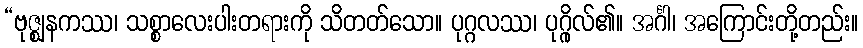
“ဗုဇ္ဈနကဿ၊ သစ္စာလေးပါးတရားကို သိတတ်သော။ ပုဂ္ဂလဿ၊ ပုဂ္ဂိုလ်၏။ အင်္ဂါ၊ အကြောင်းတို့တည်း။